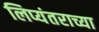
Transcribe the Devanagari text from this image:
लिप्यंतराच्या